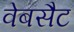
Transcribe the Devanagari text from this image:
वेबसैट